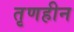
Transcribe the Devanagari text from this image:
तृणहीन